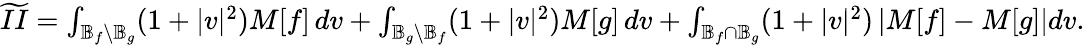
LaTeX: \begin{array}{r}{\widetilde{II}=\int_{\mathbb{B}_{f}\setminus\mathbb{B}_{g}}(1+|v|^{2})M[f]\, dv+\int_{\mathbb{B}_{g}\setminus\mathbb{B}_{f}}(1+|v|^{2})M[g]\, dv+\int_{\mathbb{B}_{f}\cap\mathbb{B}_{g}}(1+|v|^{2})\left|M[f]-M[g]\right|dv.}\end{array}